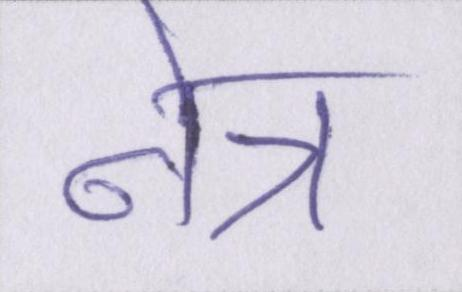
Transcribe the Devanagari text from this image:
नेत्र